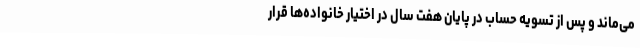
می‌ماند و پس از تسویه حساب در پایان هفت سال در اختیار خانواده‌ها قرار